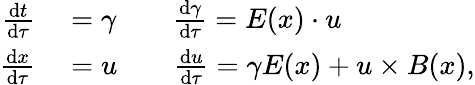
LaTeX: \begin{array}{rl}{\frac{\mathrm{d}t}{\mathrm{d}\tau}}&{{}=\gamma\qquad\frac{\mathrm{d}\gamma}{\mathrm{d}\tau}=E(x)\cdot u}\\ {\frac{\mathrm{d}x}{\mathrm{d}\tau}}&{{}=u\qquad\frac{\mathrm{d}u}{\mathrm{d}\tau}=\gamma E(x)+u\times B(x),}\end{array}